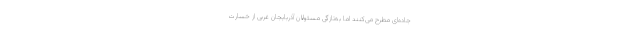
جاده‌ای مطرح می‌کنند اما به‌تازگی مسئولان آذربایجان غربی از خسارت